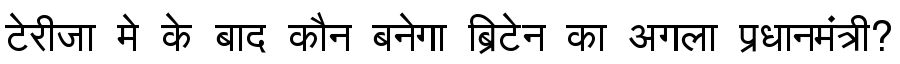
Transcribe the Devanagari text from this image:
टेरीजा मे के बाद कौन बनेगा ब्रिटेन का अगला प्रधानमंत्री?